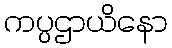
ကပ္ပဌာယိနော